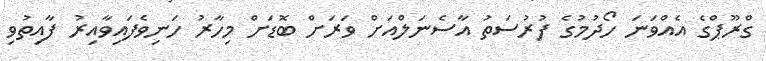
ގްރޫޕްގެ އެއްވަނަ ހޯދުމުގެ ފުރުސަތު އާސެނަލްއަށް ވަރަށް ބޮޑަށް މިހާރު ހަނިވެފައިވާއިރު ފާއިތުވި